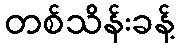
တစ်သိန်းခန့်